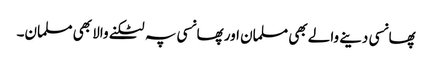
پھانسی دینے والے بھی مسلمان اور پھانسی پہ لٹکنے والا بھی مسلمان۔